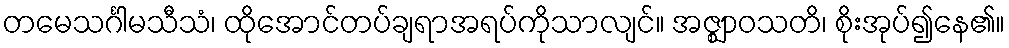
တမေသင်္ဂါမသီသံ၊ ထိုအောင်တပ်ချရာအရပ်ကိုသာလျင်။ အဇ္ဈာဝသတိ၊ စိုးအုပ်၍နေ၏။